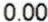
0.00